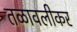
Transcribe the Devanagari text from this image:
तळावलीकर